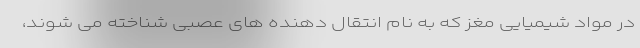
در مواد شیمیایی مغز که به نام انتقال دهنده های عصبی شناخته می شوند،